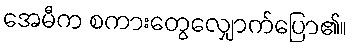
အေမီက စကားတွေလျှောက်ပြော၏။